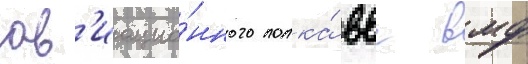
ав'иацио́нного полка́ ввс вмф